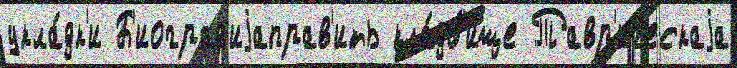
укла́дк'и Б'иограф'иjаправ'ить кла́дб'ище Тавр'ическаjа